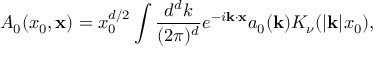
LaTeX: { \cal A } _ { 0 } ( x _ { 0 } , { \bf x } ) = x _ { 0 } ^ { d / 2 } \int { \frac { d ^ { d } k } { ( 2 \pi ) ^ { d } } } e ^ { - i { \bf k } \cdot { \bf x } } a _ { 0 } ( { \bf k } ) K _ { \nu } ( | { \bf k } | x _ { 0 } ) ,